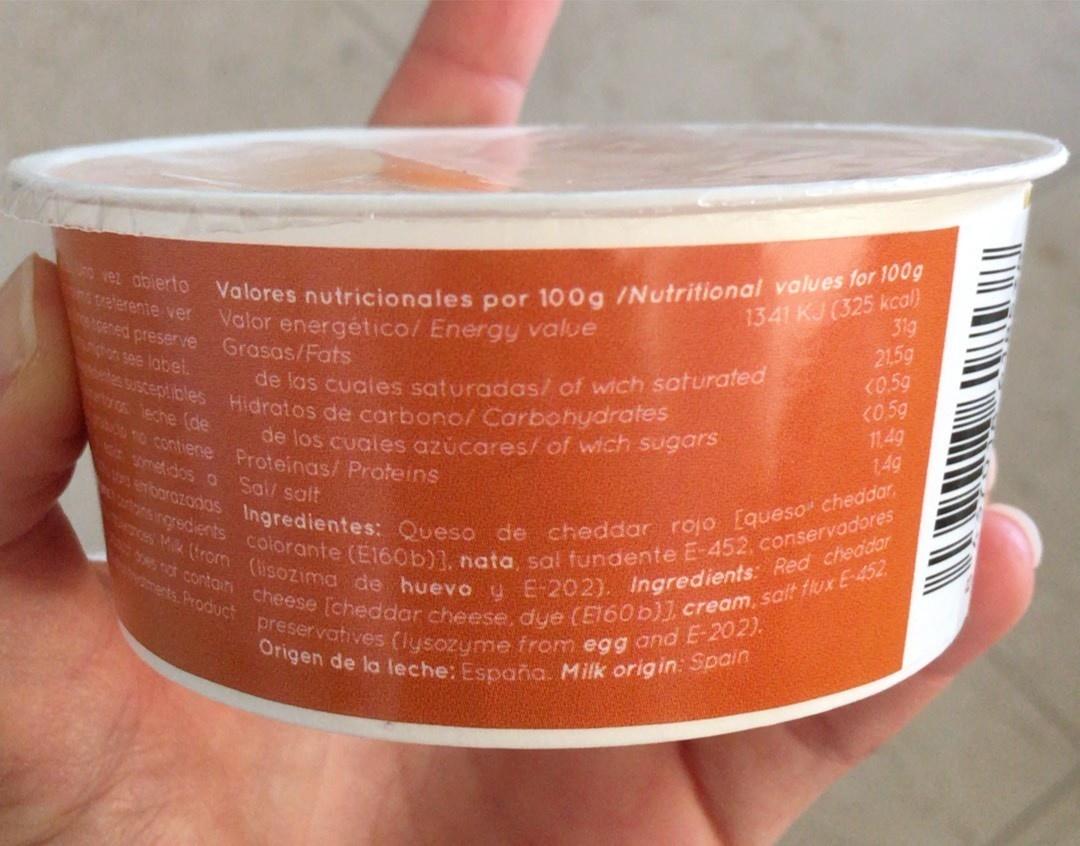
o vez ablertO
Valores nutricionales por 100g /Nutritional values for 100g
1341 KJ (325 kcal)
preterente ver
31g 21,5g (0.5g K0.5g 11.4g 14g
Valor energético/ Energy value
cened preserve Grasas/Fats gton see labet.
eles suscept ioles Hidratos de carbono/ Carbohydrates
de las cuales saturadas/ of wich soturated
leche de TA TO Contiene Proteinas/ Proteins
de los cuales azúcares/ of wich sugars
metdos o Sal/ salt
emborazodas Ingredientes: Queso de cheddar rojo [queso cheddar s ngredients colorante (E160b)], nata, sal fundente E-452, conservadores es Mik (trom (lisozima de huevo u E 202). Ingredients: Red cheddar not contain cheese [cheddar cheese, dye (El60b)] cream, salt flux E-452
merts Product preservatives (lysozyme from egg and E-202). Origen de la leche: España. Milk origin. Spain